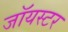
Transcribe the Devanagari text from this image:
जॉयस्टर